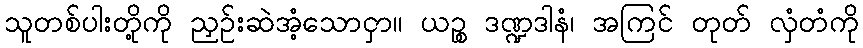
သူတစ်ပါးတို့ကို ညှဉ်းဆဲအံ့သောငှာ။ ယဉ္စ ဒဏ္ဍဒါနံ၊ အကြင် တုတ် လှံတံကို